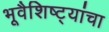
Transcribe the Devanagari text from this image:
भूवैशिष्ट्यांचा